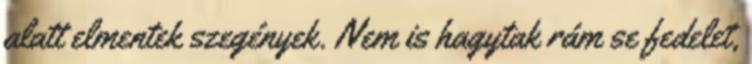
alatt elmentek szegények. Nem is hagytak rám se fedelet,